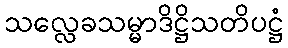
သလ္လေခသမ္မာဒိဋ္ဌိသတိပဋ္ဌံ